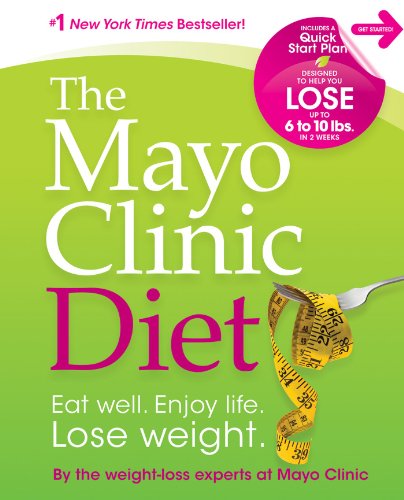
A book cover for The Mayo Clinic Diet: Eat well, Enjoy Life, Lose Weight; the weight-loss experts at Mayo Clinic; Medical Books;